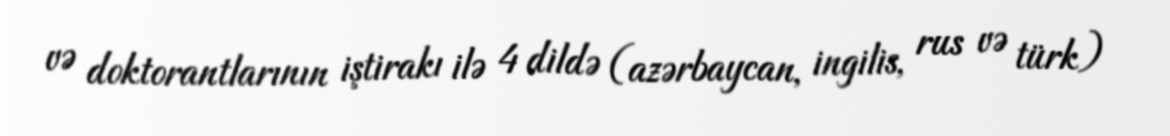
və doktorantlarının iştirakı ilə 4 dildə (azərbaycan, ingilis, rus və türk)